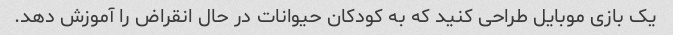
یک بازی موبایل طراحی کنید که به کودکان حیوانات در حال انقراض را آموزش دهد.